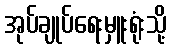
အုပ်ချုပ်ရေးမှူးရုံးသို့